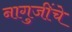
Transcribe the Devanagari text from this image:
नागुजींचे